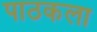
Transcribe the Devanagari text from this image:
पाठकला